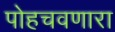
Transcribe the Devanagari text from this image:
पोहचवणारा